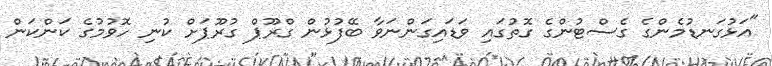
"އަޅުގަނޑުމެންގެ ގެސްޓުންގެ ގޮތުގައި ވަޑައިގަންނަވާ ބޭފުޅުން ގްރޫޕް ގުރޫޕަށް ކުނި ހޮވުމުގެ ކަންކަން